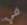
في